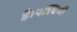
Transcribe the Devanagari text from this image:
है।पश्चिमी